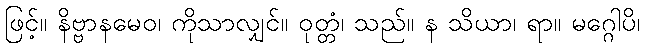
ဖြင့်။ နိဗ္ဗာနမေဝ၊ ကိုသာလျှင်။ ဝုတ္တံ၊ သည်။ န သိယာ၊ ရာ။ မဂ္ဂေါပိ၊